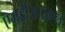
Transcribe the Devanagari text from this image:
एमडीआयएल